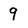
Character: 9